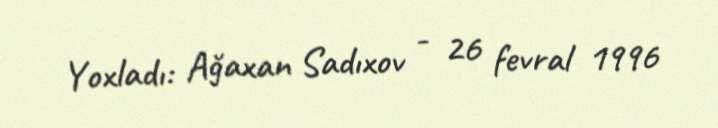
Yoxladı: Ağaxan Sadıxov - 26 fevral 1996